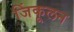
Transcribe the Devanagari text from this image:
जिंकूलन